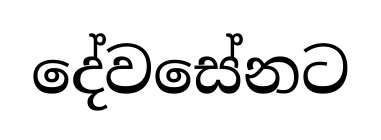
දේවසේනට